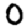
Digit: 0